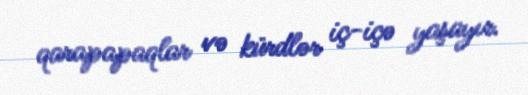
qarapapaqlar və kürdlər iç-içə yaşayır.